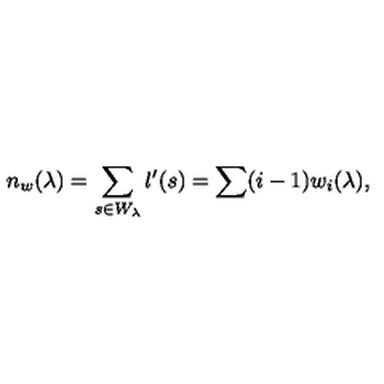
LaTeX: n _ { w } ( \lambda ) = \sum _ { s \in W _ { \lambda } } l ^ { \prime } ( s ) = \sum ( i - 1 ) w _ { i } ( \lambda ) ,